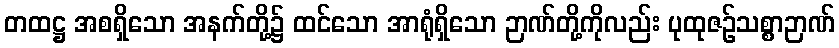
တထဋ္ဌ အစရှိသော အနက်တို့၌ ထင်သော အာရုံရှိသော ဉာဏ်တို့ကိုလည်း ပုထုဇဉ်သစ္စာဉာဏ်